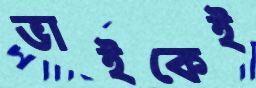
ভাইকেই